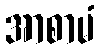
အာစာမံ